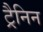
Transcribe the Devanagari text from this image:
ट्रैनिन